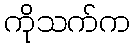
ကိုသက်က